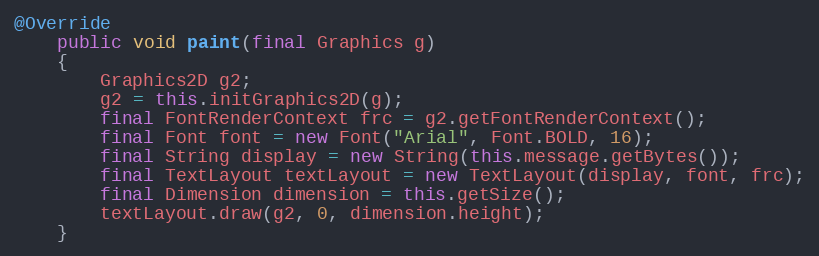
Language: Java
@Override
	public void paint(final Graphics g)
	{
		Graphics2D g2;
		g2 = this.initGraphics2D(g);
		final FontRenderContext frc = g2.getFontRenderContext();
		final Font font = new Font("Arial", Font.BOLD, 16);
		final String display = new String(this.message.getBytes());
		final TextLayout textLayout = new TextLayout(display, font, frc);
		final Dimension dimension = this.getSize();
		textLayout.draw(g2, 0, dimension.height);
	}